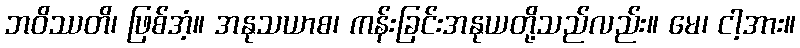
ဘဝိဿတိ၊ ဖြစ်အံ့။ အနုသယာစ၊ ကန်းခြင်းအနုယတို့သည်လည်း။ မေ၊ ငါ့အား။